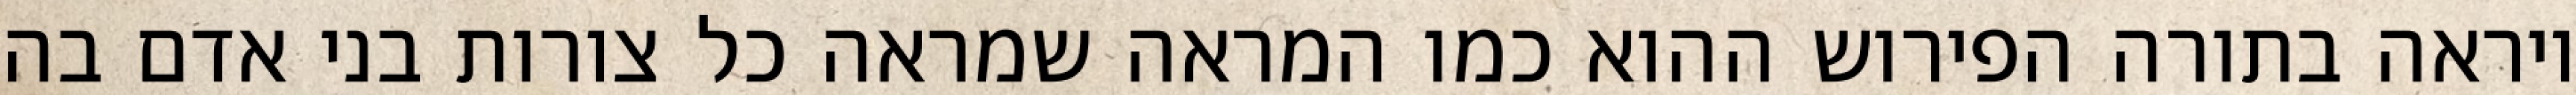
ויראה בתורה הפירוש ההוא כמו המראה שמראה כל צורות בני אדם בה